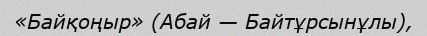
«Байқоңыр» (Абай — Байтұрсынұлы),